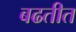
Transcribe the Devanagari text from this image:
बढतीत